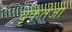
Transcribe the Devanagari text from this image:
वृकतेजा